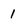
Character: 1